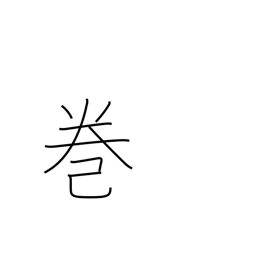
Meaning: book